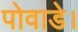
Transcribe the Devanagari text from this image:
पोवाडे।